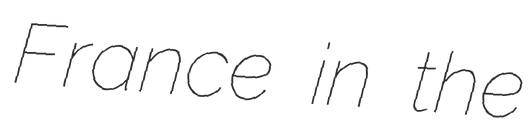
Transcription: France in the